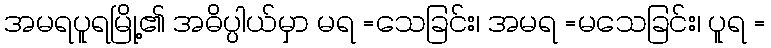
အမရပူရမြို့၏ အဓိပ္ပါယ်မှာ မရ =သေခြင်း၊ အမရ =မသေခြင်း၊ ပူရ =